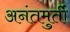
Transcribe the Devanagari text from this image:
अनंतमुर्ती